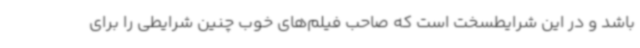
باشد و در این شرایطسخت است که صاحب فیلم‌های خوب چنین شرایطی را برای